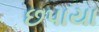
છપાયા